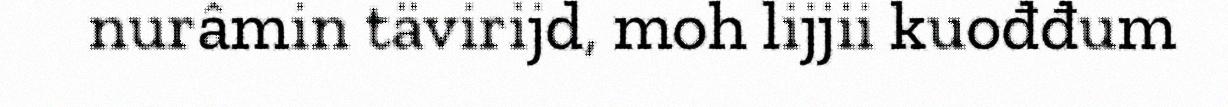
nurâmin tävirijd, moh lijjii kuođđum